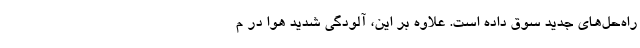
راه‌حل‌های جدید سوق داده‌ است. علاوه بر این، آلودگی شدید هوا در م